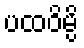
ပထဝိမ္ပိ